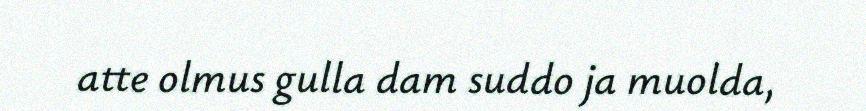
atte olmus gulla dam suddo ja muolda,